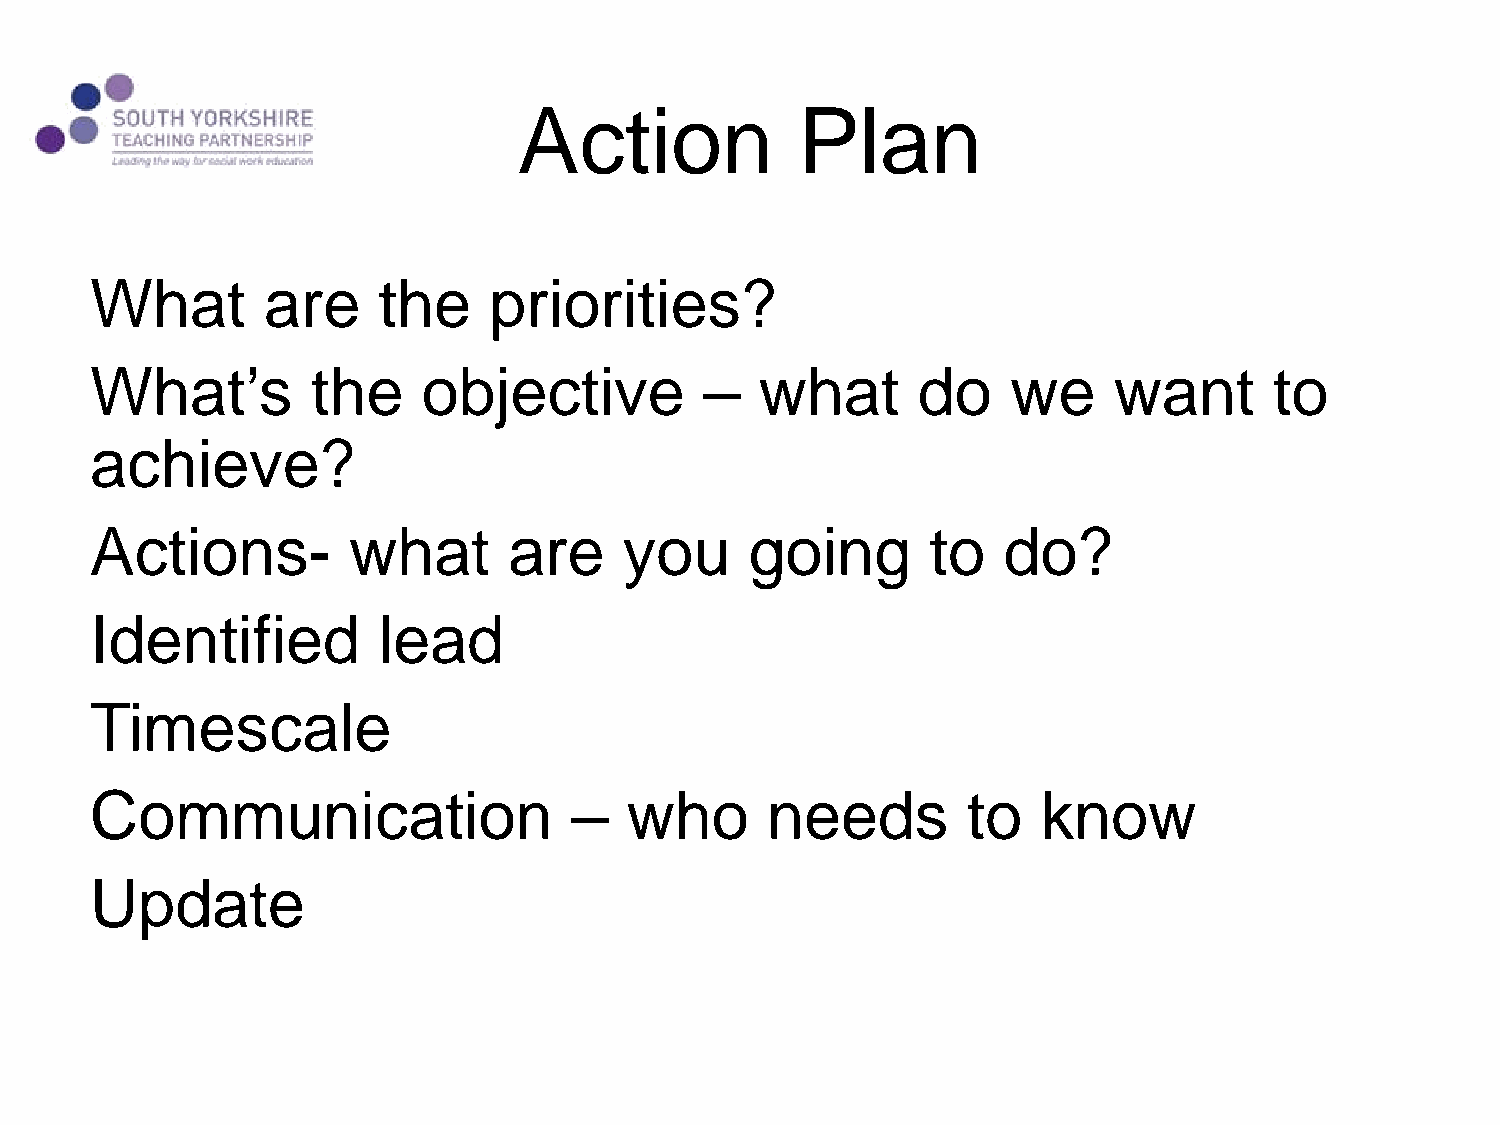
Action             Plan
 What       are     the    priorities?
 What’s         the    objective          –  what       do    we     want      to
 achieve?
 Actions-         what       are    you      going       to  do?
 Identified         lead
 Timescale
 Communication                   –  who       needs        to   know
 Update